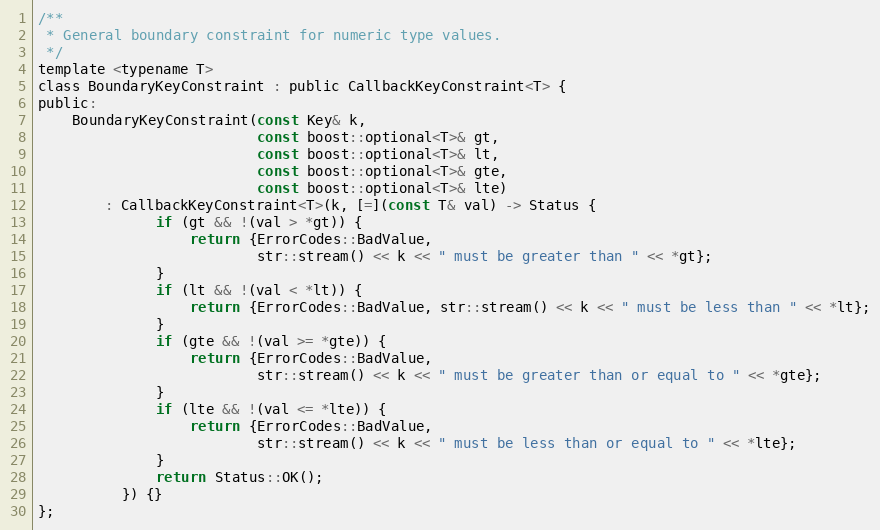
Language: C
/**
 * General boundary constraint for numeric type values.
 */
template <typename T>
class BoundaryKeyConstraint : public CallbackKeyConstraint<T> {
public:
    BoundaryKeyConstraint(const Key& k,
                          const boost::optional<T>& gt,
                          const boost::optional<T>& lt,
                          const boost::optional<T>& gte,
                          const boost::optional<T>& lte)
        : CallbackKeyConstraint<T>(k, [=](const T& val) -> Status {
              if (gt && !(val > *gt)) {
                  return {ErrorCodes::BadValue,
                          str::stream() << k << " must be greater than " << *gt};
              }
              if (lt && !(val < *lt)) {
                  return {ErrorCodes::BadValue, str::stream() << k << " must be less than " << *lt};
              }
              if (gte && !(val >= *gte)) {
                  return {ErrorCodes::BadValue,
                          str::stream() << k << " must be greater than or equal to " << *gte};
              }
              if (lte && !(val <= *lte)) {
                  return {ErrorCodes::BadValue,
                          str::stream() << k << " must be less than or equal to " << *lte};
              }
              return Status::OK();
          }) {}
};